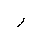
Letter: _ra